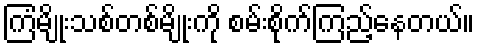
ကြံမျိုးသစ်တစ်မျိုးကို စမ်းစိုက်ကြည့်နေတယ်။